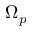
\Omega _ { p }